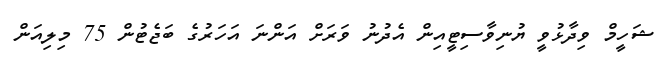
ޝަހީމް ވިދާޅުވީ ޔުނިވާސިޓީއިން އެދުނު ވަރަށް އަންނަ އަހަރުގެ ބަޖެޓުން 75 މިލިއަން